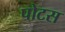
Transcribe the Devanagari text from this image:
पोटस